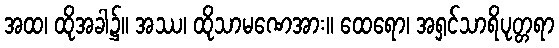
အထ၊ ထိုအခါ၌။ အဿ၊ ထိုသာမဏေအား။ ထေရော၊ အရှင်သာရိပုတ္တရာ